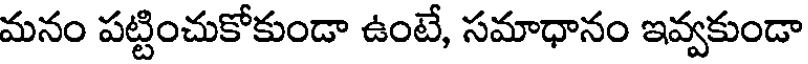
మనం పట్టించుకోకుండా ఉంటే, సమాధానం ఇవ్వకుండా